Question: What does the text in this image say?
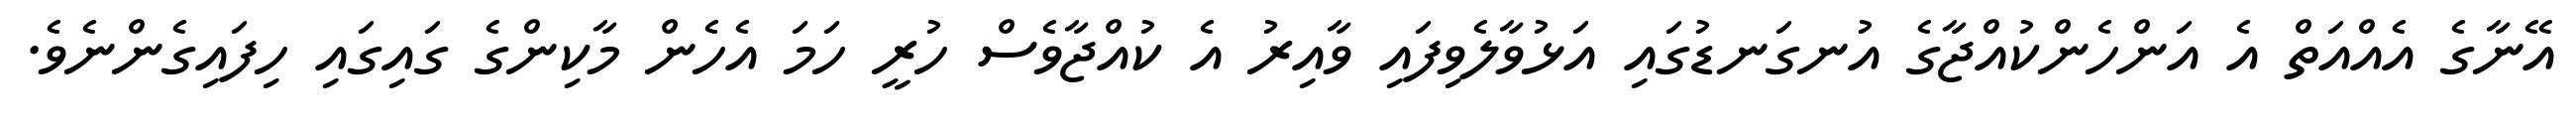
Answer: އޭނާގެ އެއްއަތް އެ އަންހެންކުއްޖާގެ އުނގަނޑުގައި އަޅުވާލެވިފައި ވާއިރު އެ ކުއްޖާވެސް ހުރީ ހަމަ އެހެން މާކިންގެ ގައިގައި ހިފައިގެންނެވެ.